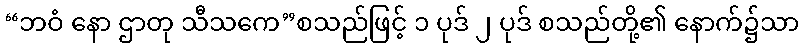
“ဘဝံ နော ဌာတု သီသကေ”စသည်ဖြင့် ၁ ပုဒ် ၂ ပုဒ် စသည်တို့၏ နောက်၌သာ